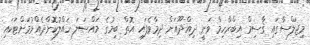
މިޖަލްސާގައި ޤާސިމް އިބްރާހިމް ވަނީ ދިއްދޫއަށް ދިމާވެފައި އޮތް ބިމުގެ މައްސަލަ ހައްލުކޮށްދެއްވުމަށްޓަކައި